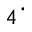
_ 4 \cdot